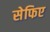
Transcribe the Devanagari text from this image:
सेफिए